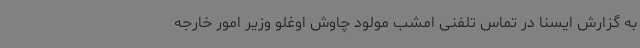
به گزارش ایسنا در تماس تلفنی امشب مولود چاوش اوغلو وزیر امور خارجه